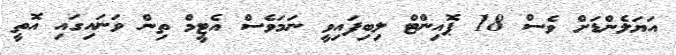
އަޔަލެންޑަށް ވެސް 18 ޕޮއިންޓް ލިބިފައިވީ ނަމަވެސް އެޓީމް ތިން ވަނައިގައި އޮތީ